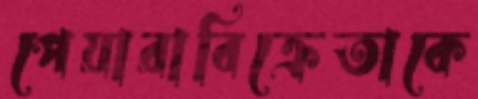
পেয়ারাবিক্রেতাকে